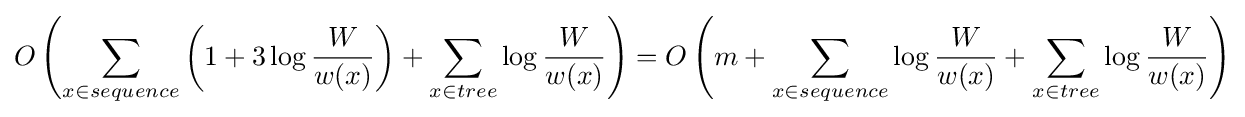
O\left(\sum _{x\in sequence}{\left(1+3\log {\frac {W}{w(x)}}\right)}+\sum _{x\in tree}{\log {\frac {W}{w(x)}}}\right)=O\left(m+\sum _{x\in sequence}{\log {\frac {W}{w(x)}}}+\sum _{x\in tree}{\log {\frac {W}{w(x)}}}\right)